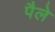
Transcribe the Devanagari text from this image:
पैले